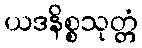
ယဒနိစ္စသုတ္တံ